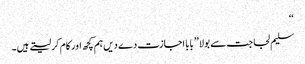
‘‘
سلیم لجاجت سے بولا ’’بابا اجازت دے دیں ہم کچھ اور کام کر لیتے ہیں۔